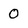
Character: 0